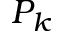
P _ { k }